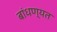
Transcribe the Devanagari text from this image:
बांधण्यत